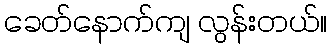
ခေတ်နောက်ကျ လွန်းတယ်။